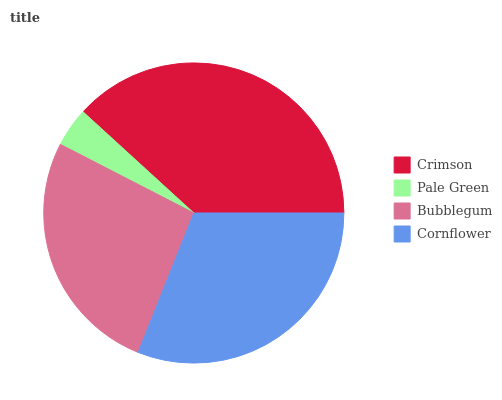
| Crimson | Pale Green | Bubblegum | Cornflower |
 | --- | --- | --- | --- |
 | 38.2% | 4.22% | 26.6% | 31% |